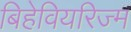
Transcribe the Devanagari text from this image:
बिहेवियरिज्म